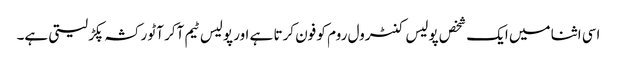
اسی اثنا میں ایک شخص پولیس کنٹرول روم کو فون کرتا ہے اور پولیس ٹیم آکر آٹو رکشہ پکڑ لیتی ہے۔